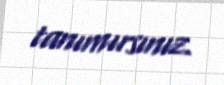
tanımırsınız.